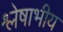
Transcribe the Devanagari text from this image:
श्लेषाभीय